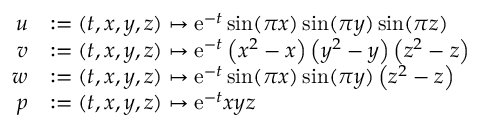
\begin{array} { r l } { u } & { : = ( t , x , y , z ) \mapsto \mathrm { e } ^ { - t } \sin ( \pi x ) \sin ( \pi y ) \sin ( \pi z ) } \\ { v } & { : = ( t , x , y , z ) \mapsto \mathrm { e } ^ { - t } \left( x ^ { 2 } - x \right) \left( y ^ { 2 } - y \right) \left( z ^ { 2 } - z \right) } \\ { w } & { : = ( t , x , y , z ) \mapsto \mathrm { e } ^ { - t } \sin ( \pi x ) \sin ( \pi y ) \left( z ^ { 2 } - z \right) } \\ { p } & { : = ( t , x , y , z ) \mapsto \mathrm { e } ^ { - t } x y z } \end{array}